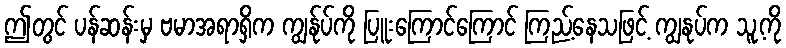
ဤတွင် ပန်ဆန်းမှ ဗမာအရာရှိက ကျွန်ုပ်ကို ပြူးကြောင်ကြောင် ကြည့်နေသဖြင့် ကျွနုပ်က သူ့ကို